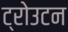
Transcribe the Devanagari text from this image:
ट्रोउटन